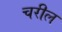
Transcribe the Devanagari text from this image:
चरील